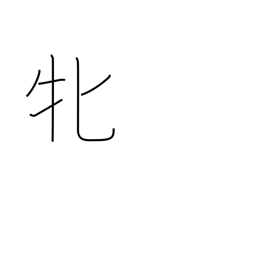
Meaning: female